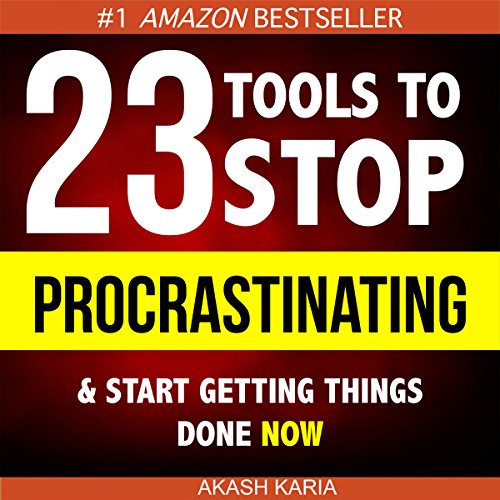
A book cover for Ready, Set...PROCRASTINATE!: 23 Anti-Procrastination Tools Designed to Help You Stop Putting Things off and Start Getting Things Done; Akash Karia; Medical Books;